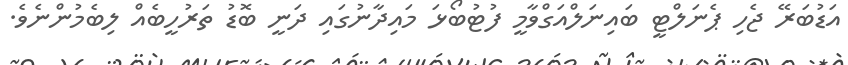
އަޑުބަރޭ ޖެހި ޕެނަލްޓީ ބައިނަލްއަގްވާމީ ފުޓުބޯޅަ މައިދާނުގައި ދަނީ ބޮޑު ތަރުހީބެއް ލިބެމުންނެވެ.